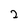
Character: 2